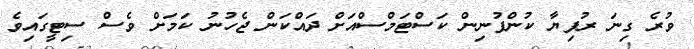
ވުރެ ގިނަ ރުފިޔާ ކުންފުނިން ކަސްޓަމްސްއަށް ދައްކަން ޖެހުނު ކަމަށް ވެސް ސިޓީގައިވެ